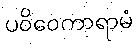
ပဝိဝေကာရာမံ